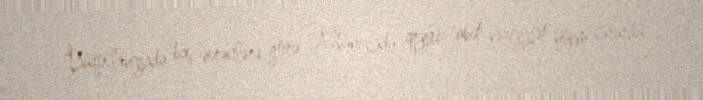
“Yuqoslaviyada baş verənlərə görə Albaniyada qeyri-sabit vəziyyət hökm sürürdü.